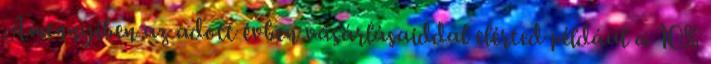
Amennyiben az adott évben vásárlásaiddal elérted például a 10%